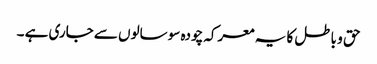
حق و باطل کا یہ معرکہ چودہ سو سالوں سے جاری ہے ۔